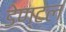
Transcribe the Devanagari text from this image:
डेण्टल